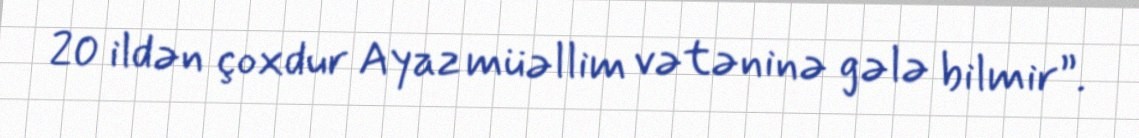
20 ildən çoxdur Ayaz müəllim vətəninə gələ bilmir”.